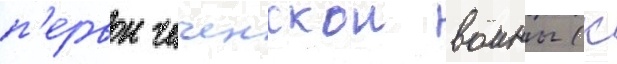
п'ервои чеченскои воины (к